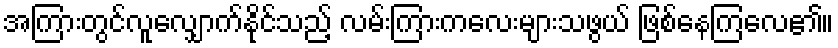
အကြားတွင်လူလျှောက်နိုင်သည့် လမ်းကြားကလေးများသဖွယ် ဖြစ်နေကြလေ၏။